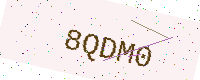
Text: 8QDM0